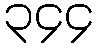
၃၄၄